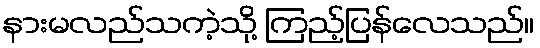
နားမလည်သကဲ့သို့ ကြည့်ပြန်လေသည်။